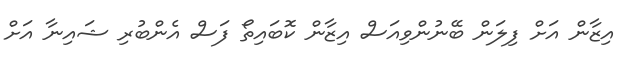
އިޒާން އަށް ފިލަން ބޭނުންވިއަސް އިޒާން ކޮބައިތޯ ފަސް އެންބުރި ޝައިނާ އަށް